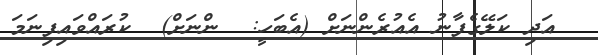
އަދި ކަލޭގެފާނު އެއުރެންނަށް (އެބަހީ:  ންނަށް)  ކުރައްވައިފިނަމަ